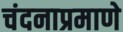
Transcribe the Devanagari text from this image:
चंदनाप्रमाणे